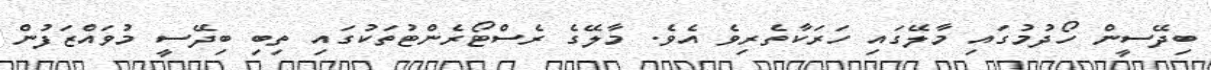
ބިދޭސީން ހޯދުމުގައި މާލޭގައި ހަރަކާތެރިވެ އެވެ. މާލޭގެ ރެސްޓޯރެންޓުތަކުގައި ތިބި ބިދޭސީ މުވައްޒަފުން